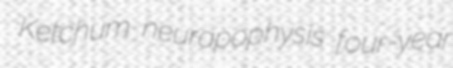
Ketchum neurapophysis four-year